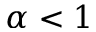
\alpha < 1